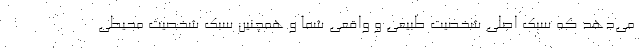
می‌دهد که سبک اصلی شخصیت طبیعی و واقعی شما و همچنین سبک شخصیت محیطی